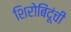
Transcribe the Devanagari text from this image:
शिरोबिंदूंची